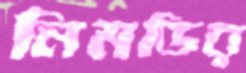
নিমডির